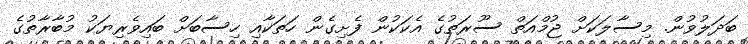
ބަދަލުވުން. މިސާލަކަށް ޖުމްއަތް ސޫރަތުގެ އެކަކުން ފެށިގެން ހަތަކާއި ހިސާބަށް ބައިވެރިޔަކު މުބާރާތުގެ